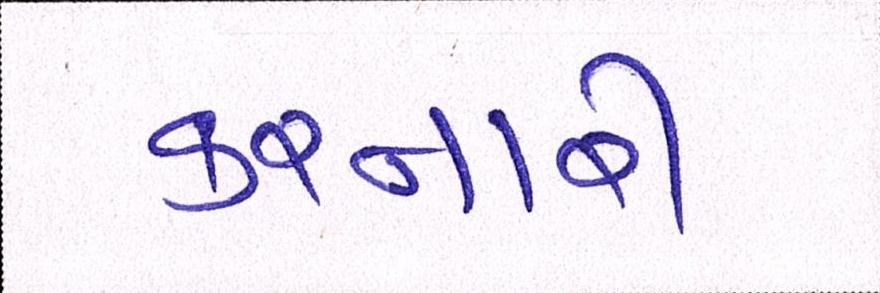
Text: કરનારી